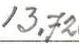
13,72